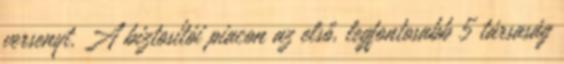
versenyt. A biztosítói piacon az első, legfontosabb 5 társaság